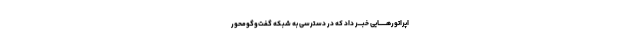
اپراتورهـــــــایی خبــــر داد که در دسترسی به شبکه گفت‌و‌گو‌محور